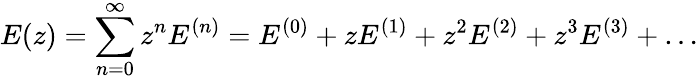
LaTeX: E(z)=\sum_{n=0}^{\infty}z^{n}E^{(n)}=E^{(0)}+zE^{(1)}+z^{2}E^{(2)}+z^{3}E^{(3)}+\ldots